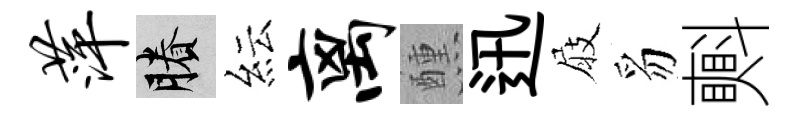
萍賸紜离醺迅屐豸㪺